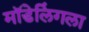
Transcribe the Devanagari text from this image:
मॉडेलिंगला